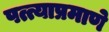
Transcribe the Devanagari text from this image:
पत्त्याप्रमाणे